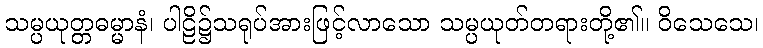
သမ္ပယုတ္တဓမ္မာနံ၊ ပါဠိ၌သရုပ်အားဖြင့်လာသော သမ္ပယုတ်တရားတို့၏။ ဝိသေသေ၊